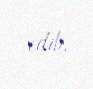
edib.